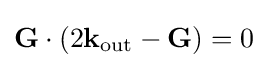
\mathbf {G} \cdot (2{{\mathbf {k} }_{\text{out}}}-\mathbf {G} )=0